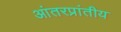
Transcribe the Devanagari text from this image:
आंतरप्रांतीय